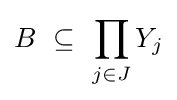
B~\subseteq ~\prod _{j\in J}Y_{j}